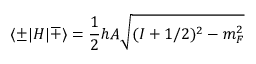
\langle \pm | H | \mp \rangle = { \frac { 1 } { 2 } } h A { \sqrt { ( I + 1 / 2 ) ^ { 2 } - m _ { F } ^ { 2 } } }